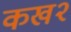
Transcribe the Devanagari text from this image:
कख२